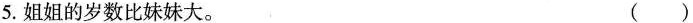
5.姐姐的岁数比妹妹大。 ( )